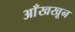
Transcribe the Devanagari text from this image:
आँखखून